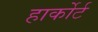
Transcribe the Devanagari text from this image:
हार्कोर्ट